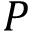
P